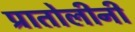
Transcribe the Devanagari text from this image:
प्रातोलीनी